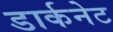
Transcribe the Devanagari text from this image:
डार्कनेट